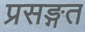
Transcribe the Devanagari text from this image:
प्रसङ्गत